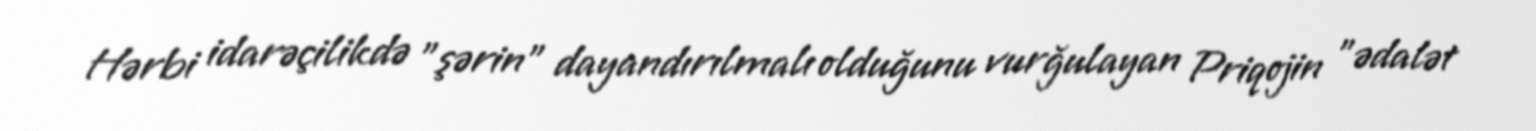
Hərbi idarəçilikdə "şərin" dayandırılmalı olduğunu vurğulayan Priqojin "ədalət